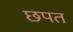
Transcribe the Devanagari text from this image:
छपत